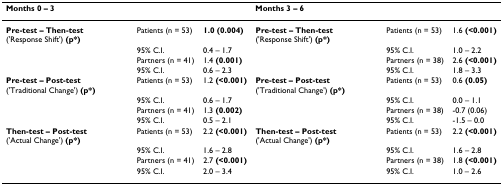
<table><thead><tr><td><b>Months 0 – 3</b></td><td></td><td></td><td><b>Months 3 – 6</b></td><td></td><td></td></tr></thead><tbody><tr><td><b>Pre-test – Then-test </b>(&#x27;Response Shift&#x27;) <b>(p*)</b></td><td>Patients (n = 53)</td><td><b>1.0 (0.004)</b></td><td><b>Pre-test – Then-test </b>(&#x27;Response Shift&#x27;) <b>(p*)</b></td><td>Patients (n = 53)</td><td>1.6 <b>(&lt;0.001)</b></td></tr><tr><td></td><td>95% C.I.</td><td>0.4 – 1.7</td><td></td><td>95% C.I.</td><td>1.0 – 2.2</td></tr><tr><td></td><td>Partners (n = 41)</td><td>1.4 <b>(0.001)</b></td><td></td><td>Partners (n = 38)</td><td>2.6 <b>(&lt;0.001)</b></td></tr><tr><td></td><td>95% C.I.</td><td>0.6 – 2.3</td><td></td><td>95% C.I.</td><td>1.8 – 3.3</td></tr><tr><td><b>Pre-test – Post-test </b>(&#x27;Traditional Change&#x27;) <b>(p*)</b></td><td>Patients (n = 53)</td><td>1.2 <b>(&lt;0.001)</b></td><td><b>Pre-test – Post-test </b>(&#x27;Traditional Change&#x27;) <b>(p*)</b></td><td>Patients (n = 53)</td><td>0.6 <b>(0.05)</b></td></tr><tr><td></td><td>95% C.I.</td><td>0.6 – 1.7</td><td></td><td>95% C.I.</td><td>0.0 – 1.1</td></tr><tr><td></td><td>Partners (n = 41)</td><td>1.3 <b>(0.002)</b></td><td></td><td>Partners (n = 38)</td><td>-0.7 (0.06)</td></tr><tr><td></td><td>95% C.I.</td><td>0.5 – 2.1</td><td></td><td>95% C.I.</td><td>-1.5 – 0.0</td></tr><tr><td><b>Then-test – Post-test </b>(&#x27;Actual Change&#x27;) <b>(p*)</b></td><td>Patients (n = 53)</td><td>2.2 <b>(&lt;0.001)</b></td><td><b>Then-test – Post-test </b>(&#x27;Actual Change&#x27;) <b>(p*)</b></td><td>Patients (n = 53)</td><td>2.2 <b>(&lt;0.001)</b></td></tr><tr><td></td><td>95% C.I.</td><td>1.6 – 2.8</td><td></td><td>95% C.I.</td><td>1.6 – 2.8</td></tr><tr><td></td><td>Partners (n = 41)</td><td>2.7 <b>(&lt;0.001)</b></td><td></td><td>Partners (n = 38)</td><td>1.8 <b>(&lt;0.001)</b></td></tr><tr><td></td><td>95% C.I.</td><td>2.0 – 3.4</td><td></td><td>95% C.I.</td><td>1.0 – 2.6</td></tr></tbody></table>